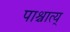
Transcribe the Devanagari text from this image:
पाश्चात्य्